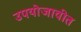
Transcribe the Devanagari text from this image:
उपयोजावीत